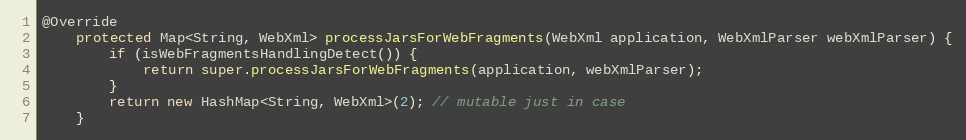
Language: Java
@Override
    protected Map<String, WebXml> processJarsForWebFragments(WebXml application, WebXmlParser webXmlParser) {
        if (isWebFragmentsHandlingDetect()) {
            return super.processJarsForWebFragments(application, webXmlParser);
        }
        return new HashMap<String, WebXml>(2); // mutable just in case
    }